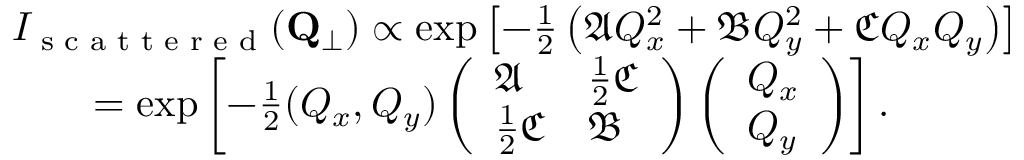
\begin{array} { r l } & { I _ { \textrm { s c a t t e r e d } } ( \mathbf { Q } _ { \perp } ) \propto \exp \left[ - \frac { 1 } { 2 } \left( \mathfrak { A } Q _ { x } ^ { 2 } + \mathfrak { B } Q _ { y } ^ { 2 } + \mathfrak { C } Q _ { x } Q _ { y } \right) \right] } \\ & { \quad \quad = \exp \left[ - \frac { 1 } { 2 } ( Q _ { x } , Q _ { y } ) \left( \begin{array} { l l } { \mathfrak { A } } & { \frac { 1 } { 2 } \mathfrak { C } } \\ { \frac { 1 } { 2 } \mathfrak { C } } & { \mathfrak { B } } \end{array} \right) \left( \begin{array} { l } { Q _ { x } } \\ { Q _ { y } } \end{array} \right) \right] . \quad } \end{array}